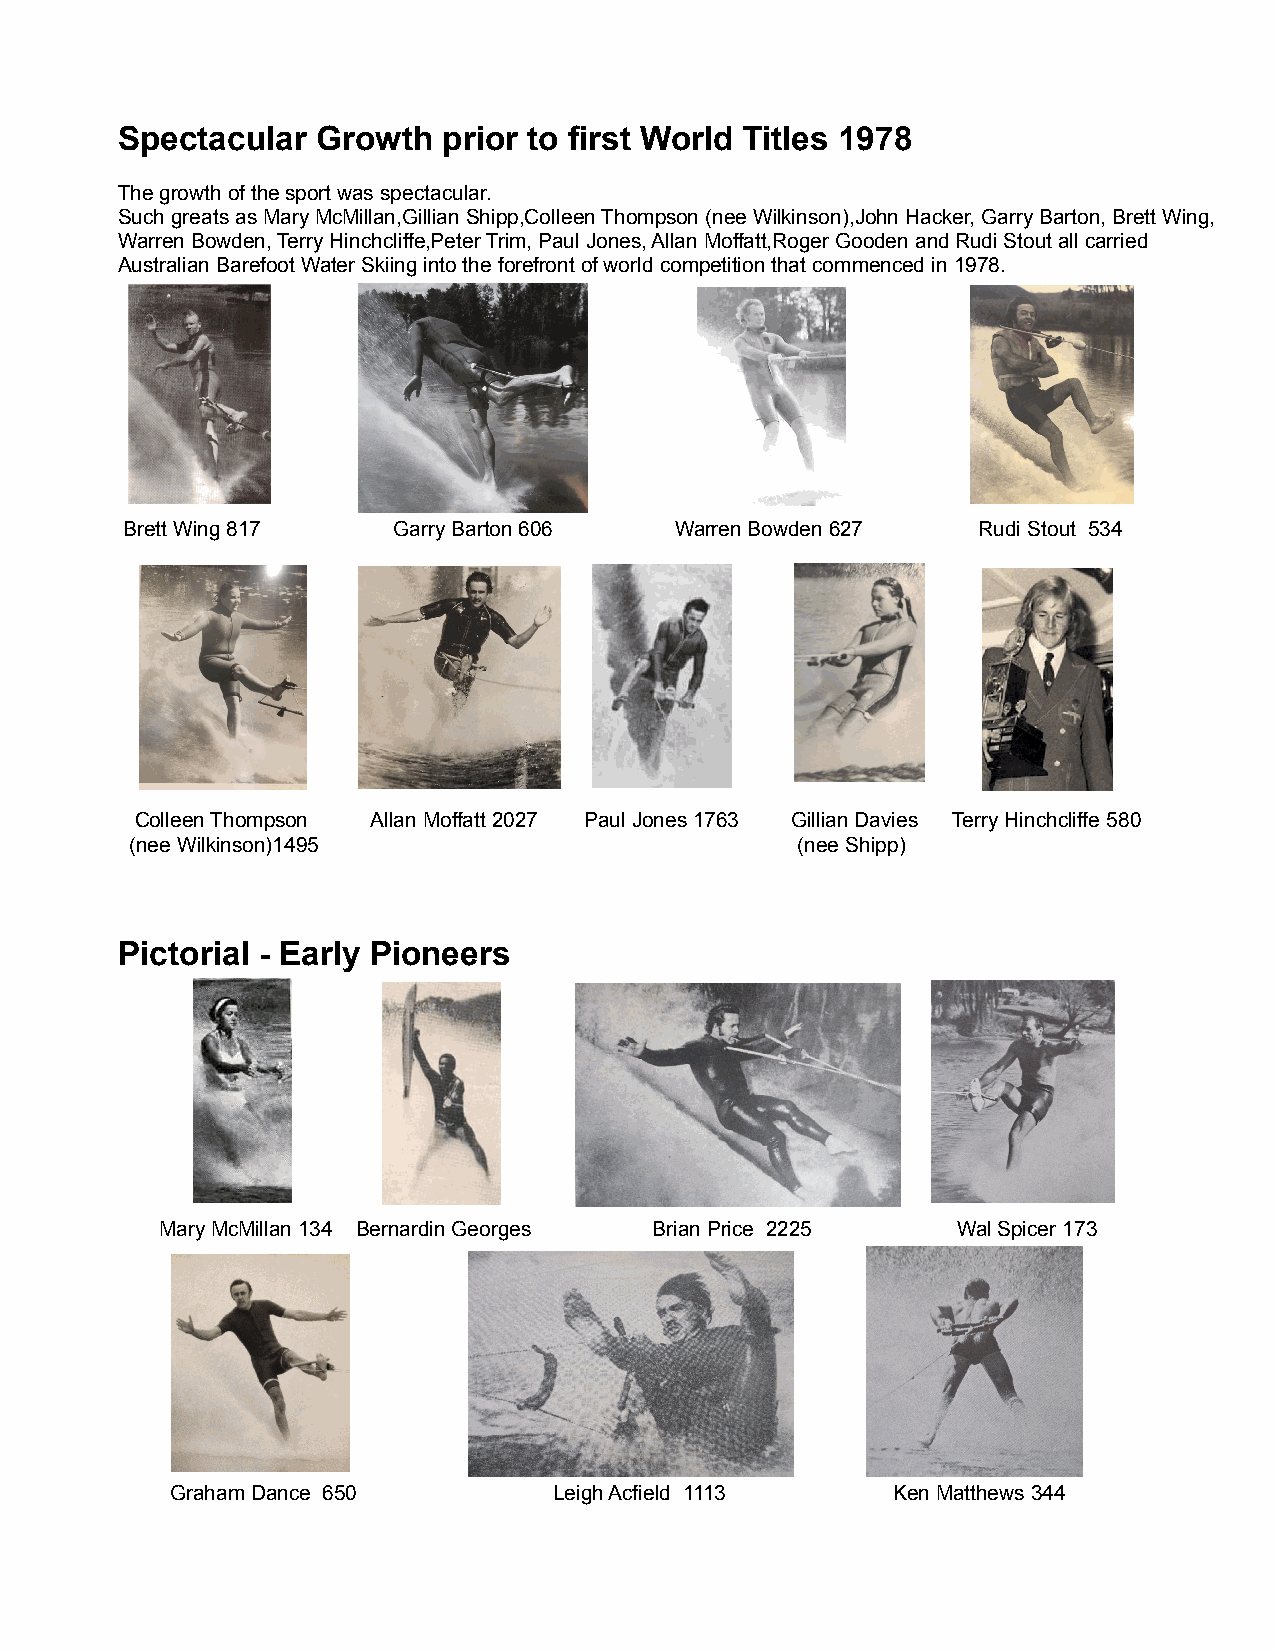
Spectacular  Growth  prior to first World Titles 1978
 The growth of the sport was spectacular.
 Such greats as Mary McMillan,Gillian Shipp,Colleen Thompson (nee Wilkinson),John Hacker, Garry Barton, Brett Wing,
 Warren Bowden, Terry Hinchcliffe,Peter Trim, Paul Jones, Allan Moffatt,Roger Gooden and Rudi Stout all carried
 Australian Barefoot Water Skiing into the forefront of world competition that commenced in 1978.
 Brett Wing 817    Garry Barton 606   Warren Bowden 627   Rudi Stout 534
 ac
 ke
 Colleen Thompson Allan Moffatt 2027 Paul Jones 1763 Gillian Davies Terry Hinchcliffe 580
 (nee Wilkinson)1495                         (nee Shipp)
 Pictorial - Early Pioneers
 Mary McMillan 134 Bernardin Georges Brian Price 2225 Wal Spicer 173
 Graham Dance 650          Leigh Acfield 1113    Ken Matthews 344